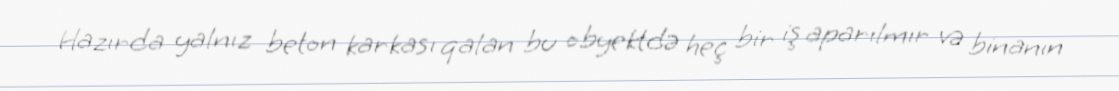
Hazırda yalnız beton karkası qalan bu obyektdə heç bir iş aparılmır və binanın